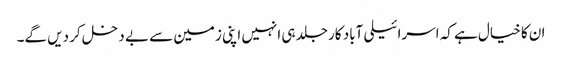
ان کا خیال ہے کہ اسرائیلی آباد کار جلد ہی انہیں اپنی زمین سے بے دخل کر دیں گے۔